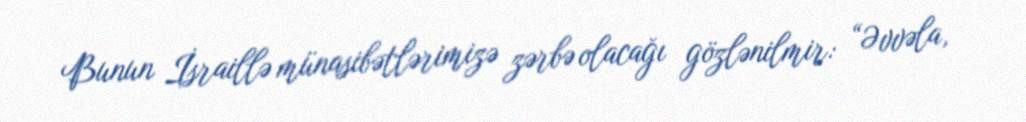
Bunun İsraillə münasibətlərimizə zərbə olacağı gözlənilmir: “Əvvəla,